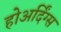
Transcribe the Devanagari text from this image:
होअर्दिंग्स